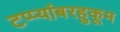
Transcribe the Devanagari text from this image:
टप्प्यांबरहुकूम